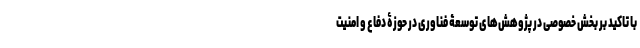
با تاکید بر بخش خصوصی در پژوهش‌های توسعۀ فناوری در حوزۀ دفاع و امنیت